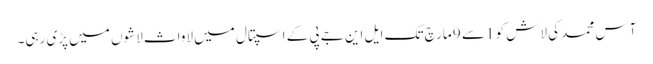
آس محمد کی لاش کو 1سے 9 مارچ تک ایل این جے پی کے اسپتال میں لاواث لاشوں میں پڑی رہی۔